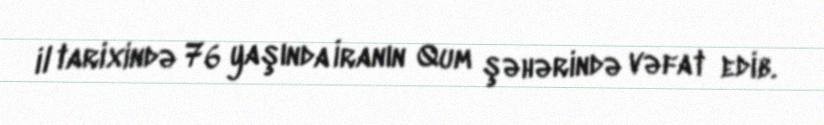
il tarixində 76 yaşında İranın Qum şəhərində vəfat edib.